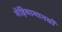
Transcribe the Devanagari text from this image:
भेड़ियामानवों